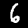
Label: 6